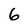
Character: 6